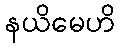
နယိမေဟိ